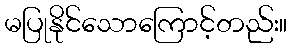
မပြုနိုင်သောကြောင့်တည်း။